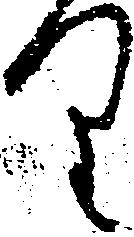
り